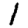
Digit: 1